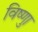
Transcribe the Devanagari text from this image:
विष्णुा